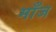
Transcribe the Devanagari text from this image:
माँज